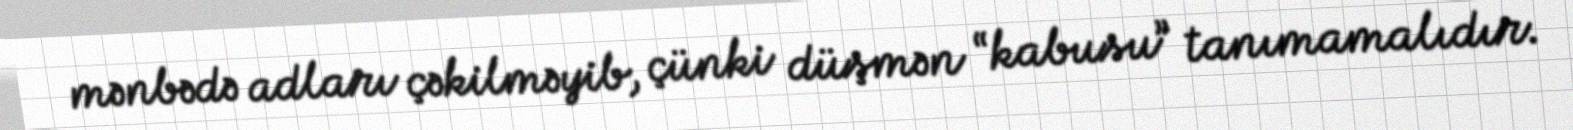
mənbədə adları çəkilməyib, çünki düşmən “kabusu” tanımamalıdır.